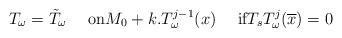
LaTeX: \begin{align*}T_{\omega}=\tilde{T}_{\omega}\quad\mbox{ on}M_0+k.T_{\omega}^{j-1}(x)\quad\mbox{ if}T_sT_{\omega}^j(\overline{x})=0\end{align*}